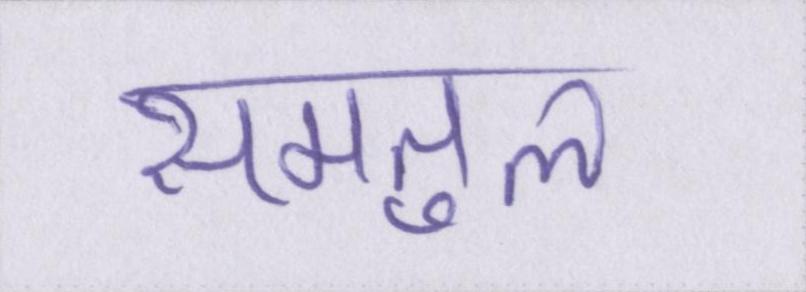
समतुल